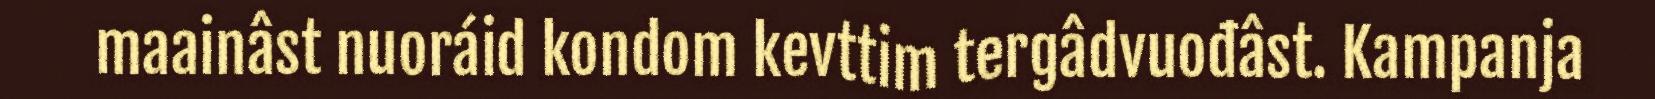
maainâst nuoráid kondom kevttim tergâdvuođâst. Kampanja